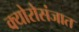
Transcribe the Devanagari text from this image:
क्योरोसंजात